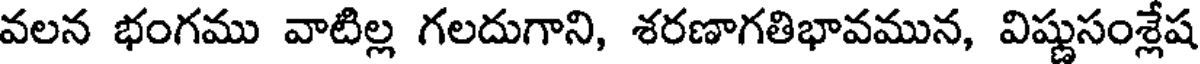
వలన భంగము వాటిల్ల గలదుగాని, శరణాగతిభావమున, విష్ణుసంశ్లేష